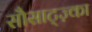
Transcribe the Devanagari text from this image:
सौसाट्ज़्का